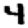
Digit: 4